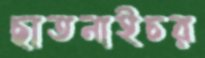
ছাতনাইচর